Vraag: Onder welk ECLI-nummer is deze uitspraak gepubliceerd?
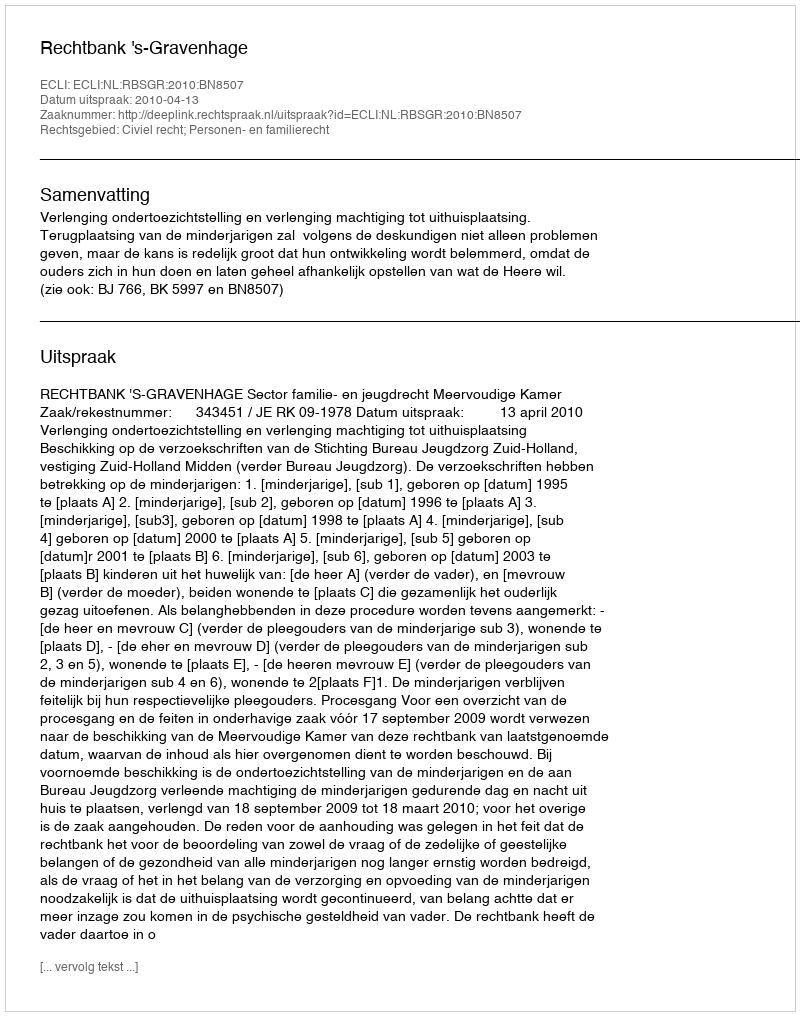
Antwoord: ECLI:NL:RBSGR:2010:BN8507